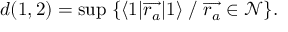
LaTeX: d ( 1 , 2 ) = \operatorname * { s u p } \; \{ \langle 1 | { \overrightarrow { r _ { a } } } | 1 \rangle \; / \; { \overrightarrow { r _ { a } } } \in \mathcal { N } \} .